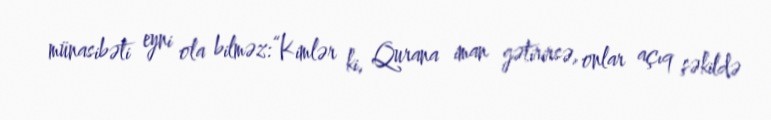
münasibəti eyni ola bilməz:“Kimlər ki, Qurana iman gətirirsə, onlar açıq şəkildə